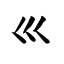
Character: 巛